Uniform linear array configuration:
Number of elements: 8
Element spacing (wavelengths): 0.25
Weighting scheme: exponential
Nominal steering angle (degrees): -45
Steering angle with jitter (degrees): -45.106
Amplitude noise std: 0.05
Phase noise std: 0.05

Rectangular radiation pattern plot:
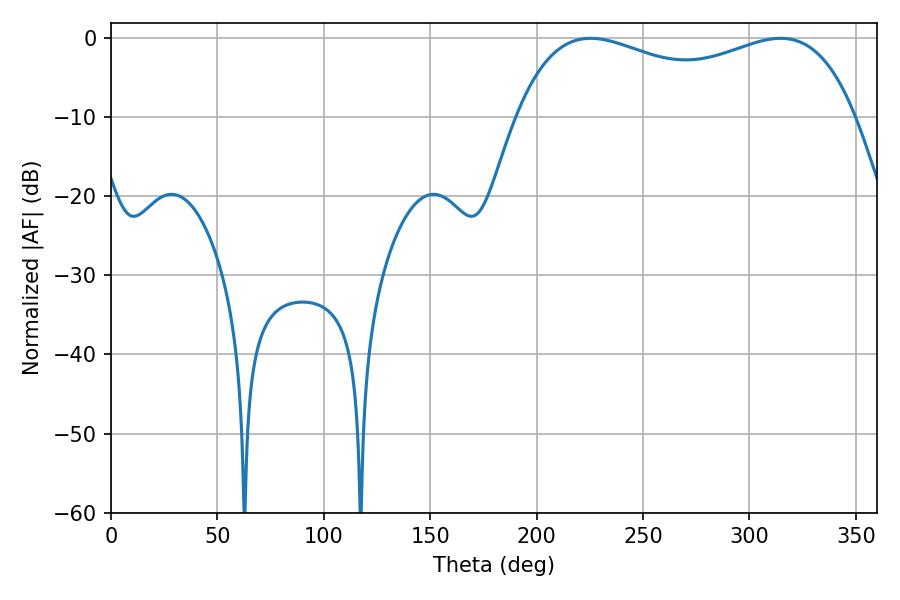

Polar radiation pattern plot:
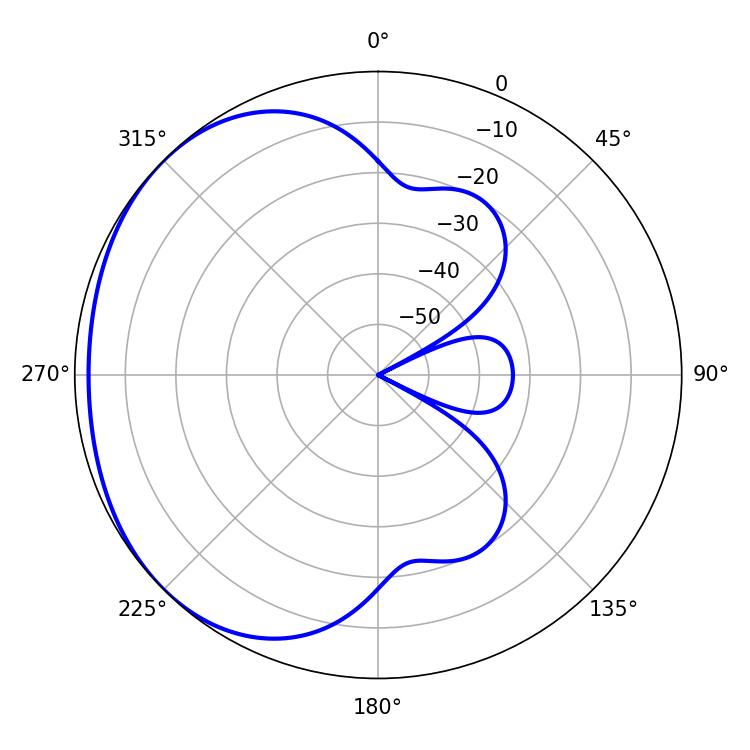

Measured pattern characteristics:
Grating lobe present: FALSE
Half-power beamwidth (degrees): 131.4
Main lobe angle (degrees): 225.36